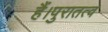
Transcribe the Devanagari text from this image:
हैं।पुरातत्व